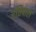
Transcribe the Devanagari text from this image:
रतिपाल